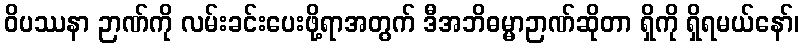
ဝိပဿနာ ဉာဏ်ကို လမ်းခင်းပေးဖို့ရာအတွက် ဒီအဘိဓမ္မာဉာဏ်ဆိုတာ ရှိကို ရှိရမယ်နော်၊